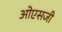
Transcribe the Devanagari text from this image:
ओएसजी